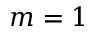
m = 1